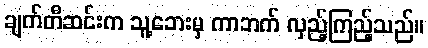
ချက်တီဆင်းက သူ့ဘေးမှ ကာဘက် လှည့်ကြည့်သည်။